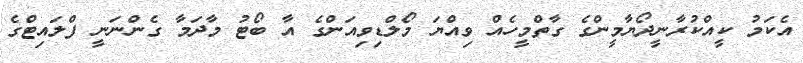
އެކަމު ކީއްކުރާނީދޯޔާމީންގެ ގާތްމީހެއް ވިއްޔަ މޯލްޑިވިއަންގެ އާ ބޯޓު މާދަމާ ގެންނަނީ ފްލައިޓްގެ